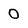
Character: 0